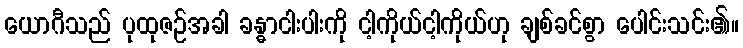
ယောဂီသည် ပုထုဇဉ်အခါ ခန္ဓာငါးပါးကို ငါ့ကိုယ်ငါ့ကိုယ်ဟု ချစ်ခင်စွာ ပေါင်းသင်း၏။